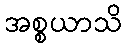
အစ္စယာသိ